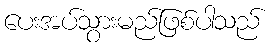
ပေးအပ်သွားမည်ဖြစ်ပါသည်